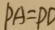
P A = P D